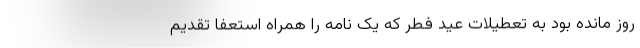
روز مانده بود به تعطیلات عید فطر که یک نامه را همراه استعفا تقدیم